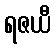
ရဇယီ